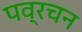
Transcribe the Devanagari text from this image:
पव्रचन